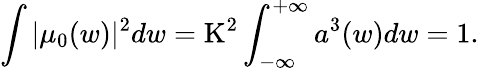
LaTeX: \int|\mu_{0}(w)|^{2}dw=\mathrm{K}^{2}\int_{-\infty}^{+\infty}a^{3}(w)dw=1.